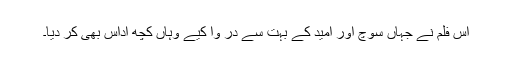
اس فلم نے جہاں سوچ اور امید کے بہت سے در وا کیے وہاں کچھ اداس بھی کر دیا۔